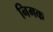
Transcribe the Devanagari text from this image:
निमक